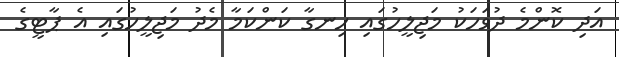
އަދި ކޮންމެ ދުވަހަކު މަޖިލީހުގައި ހިނގާ ކަންކަމާ މެދު މަޖިލީހުގައި އެ ޕާޓީގެ